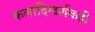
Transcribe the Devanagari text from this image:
कलादिग्दर्शकही